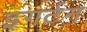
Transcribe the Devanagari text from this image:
इगर्टन